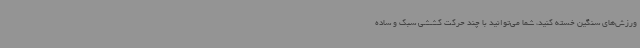
ورزش‌های سنگین خسته کنید، شما می‌توانید با چند حرکت کششی سبک و ساده